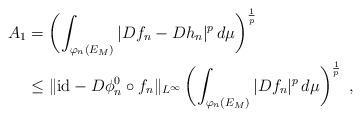
LaTeX: \begin{align*}A_1&=\left(\int_{\varphi_n(E_M)}|Df_n-Dh_n|^p\,d\mu\right)^{\frac{1}{p}}\\&\leq \|\mathrm{id}-D\phi_n^0\circ f_n\|_{L^\infty}\left(\int_{\varphi_n(E_M)}|Df_n|^p\,d\mu\right)^{\frac{1}{p}} \ ,\end{align*}